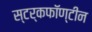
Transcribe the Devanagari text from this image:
स्टर्कफॉण्टीन